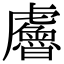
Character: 𧈘